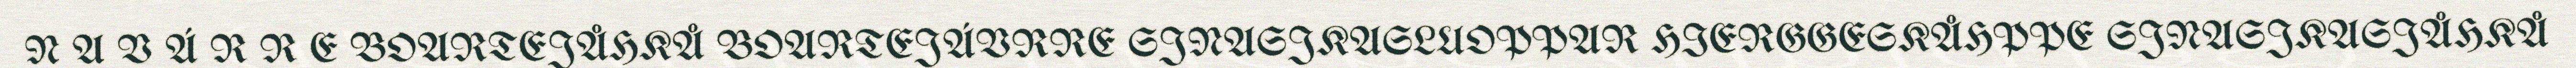
N A V Á R R E BOARTEJÅHKÅ BOARTEJÁVRRE SJNASJKASLUOPPAR HIERGGESKÅHPPE SJNASJKASJÅHKÅ